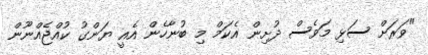
"ވަރަށް ސަޅި މަވެސް ދުށިން އެކަމް މި ބުނާހެން އެއީ ޔަންގު ކުއްޖެއްނޫން